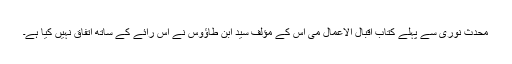
محدث نوری سے پہلے کتاب اقبال الاعمال می اس کے مؤلف سید ابن طاؤوس نے اس رائے کے ساتھ اتفاق نہیں کیا ہے۔